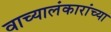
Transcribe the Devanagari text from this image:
वाच्यालंकारांच्या